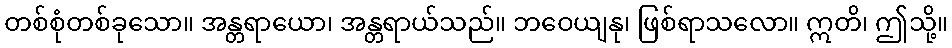
တစ်စုံတစ်ခုသော။ အန္တရာယော၊ အန္တရာယ်သည်။ ဘဝေယျနု၊ ဖြစ်ရာသလော။ ဣတိ၊ ဤသို့။